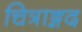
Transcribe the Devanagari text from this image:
चित्राङ्गद